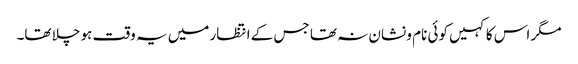
مگر اس کا کہیں کوئی نام و نشان نہ تھا جس کے انتظار میں یہ وقت ہو چلا تھا۔